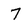
Character: 7